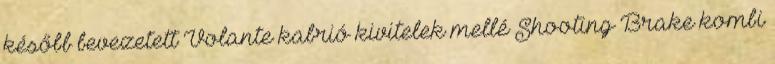
később bevezetett Volante kabrió kivitelek mellé Shooting Brake kombi